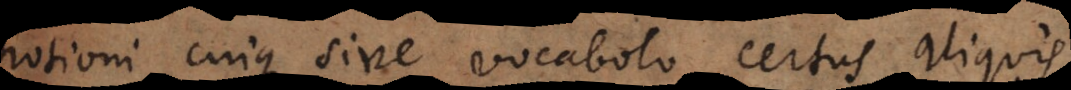
notioni cuique sive vocabulo certus aliquis